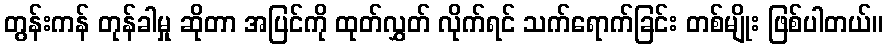
တွန်းကန် တုန်ခါမှု ဆိုတာ အပြင်ကို ထုတ်လွှတ် လိုက်ရင် သက်ရောက်ခြင်း တစ်မျိုး ဖြစ်ပါတယ်။